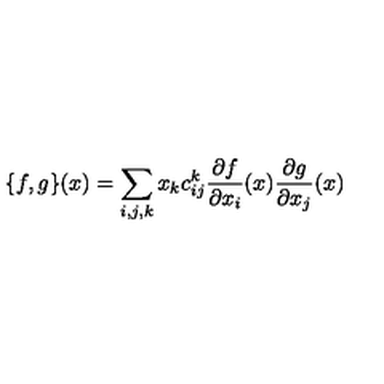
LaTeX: \{ f , g \} ( x ) = \sum _ { i , j , k } x _ { k } c _ { i j } ^ { k } \frac { \partial f } { \partial x _ { i } } ( x ) \frac { \partial g } { \partial x _ { j } } ( x )